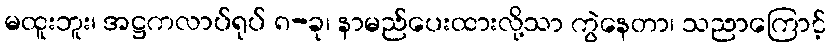
မထူးဘူး၊ အဋ္ဌကလာပ်ရုပ် ၈-ခု၊ နာမည်ပေးထားလို့သာ ကွဲနေတာ၊ သညာကြောင့်